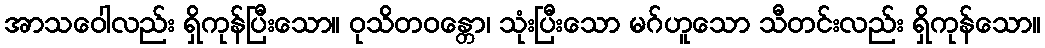
အာသဝေါလည်း ရှိကုန်ပြီးသော။ ဝုသိတဝန္တော၊ သုံးပြီးသော မဂ်ဟူသော သီတင်းလည်း ရှိကုန်သော။